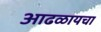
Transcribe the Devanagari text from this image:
आढळायचा